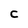
Character: C